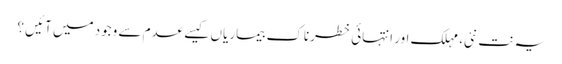
یہ نت نئی، مہلک اور انتہائی خطرناک بیماریاں کیسے عدم سے وجود میں آئیں ؟